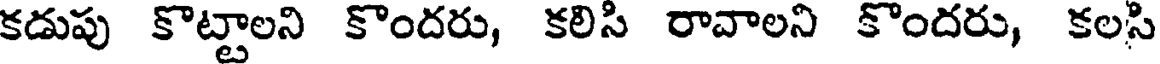
కడుపు కొట్టాలని కొందరు, కలిసి రావాలని కొందరు, కలసి